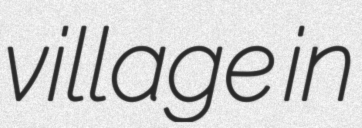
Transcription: village in